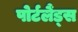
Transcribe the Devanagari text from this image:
पोर्टलैंड्स